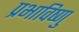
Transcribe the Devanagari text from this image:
प्रभाविष्णु